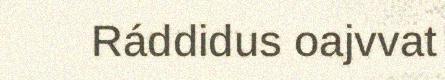
Ráddidus oajvvat